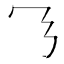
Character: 𬼄